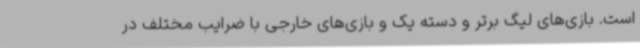
است. بازی‌های لیگ برتر و دسته یک و بازی‌های خارجی با ضرایب مختلف در